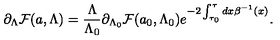
\partial _ { \Lambda } { \cal F } ( a , \Lambda ) = { \frac { \Lambda } { \Lambda _ { 0 } } } \partial _ { \Lambda _ { 0 } } { \cal F } ( a _ { 0 } , \Lambda _ { 0 } ) e ^ { - 2 \int _ { \tau _ { 0 } } ^ { \tau } { d x \beta ^ { - 1 } ( x ) } } .